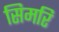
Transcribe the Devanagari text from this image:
सिमरि